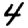
Digit: 4